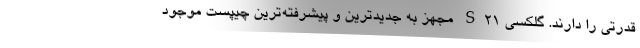
قدرتی را دارند. گلکسی S21 مجهز به جدیدترین و پیشرفته‌ترین چیپست موجود